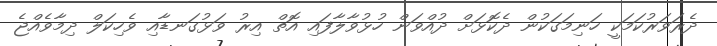
ދެރަވަރުކަމަކީ ހަނިމަގަކުން ދެކޮޅަށް ދުއްވަން ހުޅުވާލާފައި އޮތް އިރު ވަޅުގަނޑާއި ވެހިކަލް ދިމާވެއްޖެ